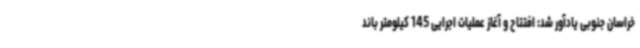
خراسان جنوبی یادآور شد: افتتاح و آغاز عملیات اجرایی 145 کیلومتر باند